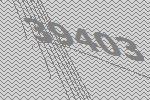
39403